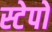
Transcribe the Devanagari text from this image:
स्टेपो